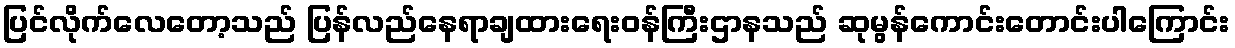
ပြင်လိုက်လေတော့သည် ပြန်လည်နေရာချထားရေးဝန်ကြီးဌာနသည် ဆုမွန်ကောင်းတောင်းပါကြောင်း